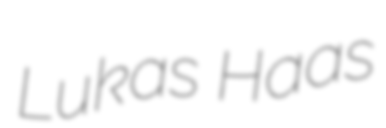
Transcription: Lukas Haas